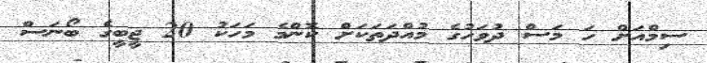
ސިމްއަށް ހަ މަސް ދުވަހުގެ މުއްދަތަކަށް ކޮންމެ މަހަކު 20 ޖީބީގެ ބޯނަސް